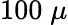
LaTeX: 100\; \mu